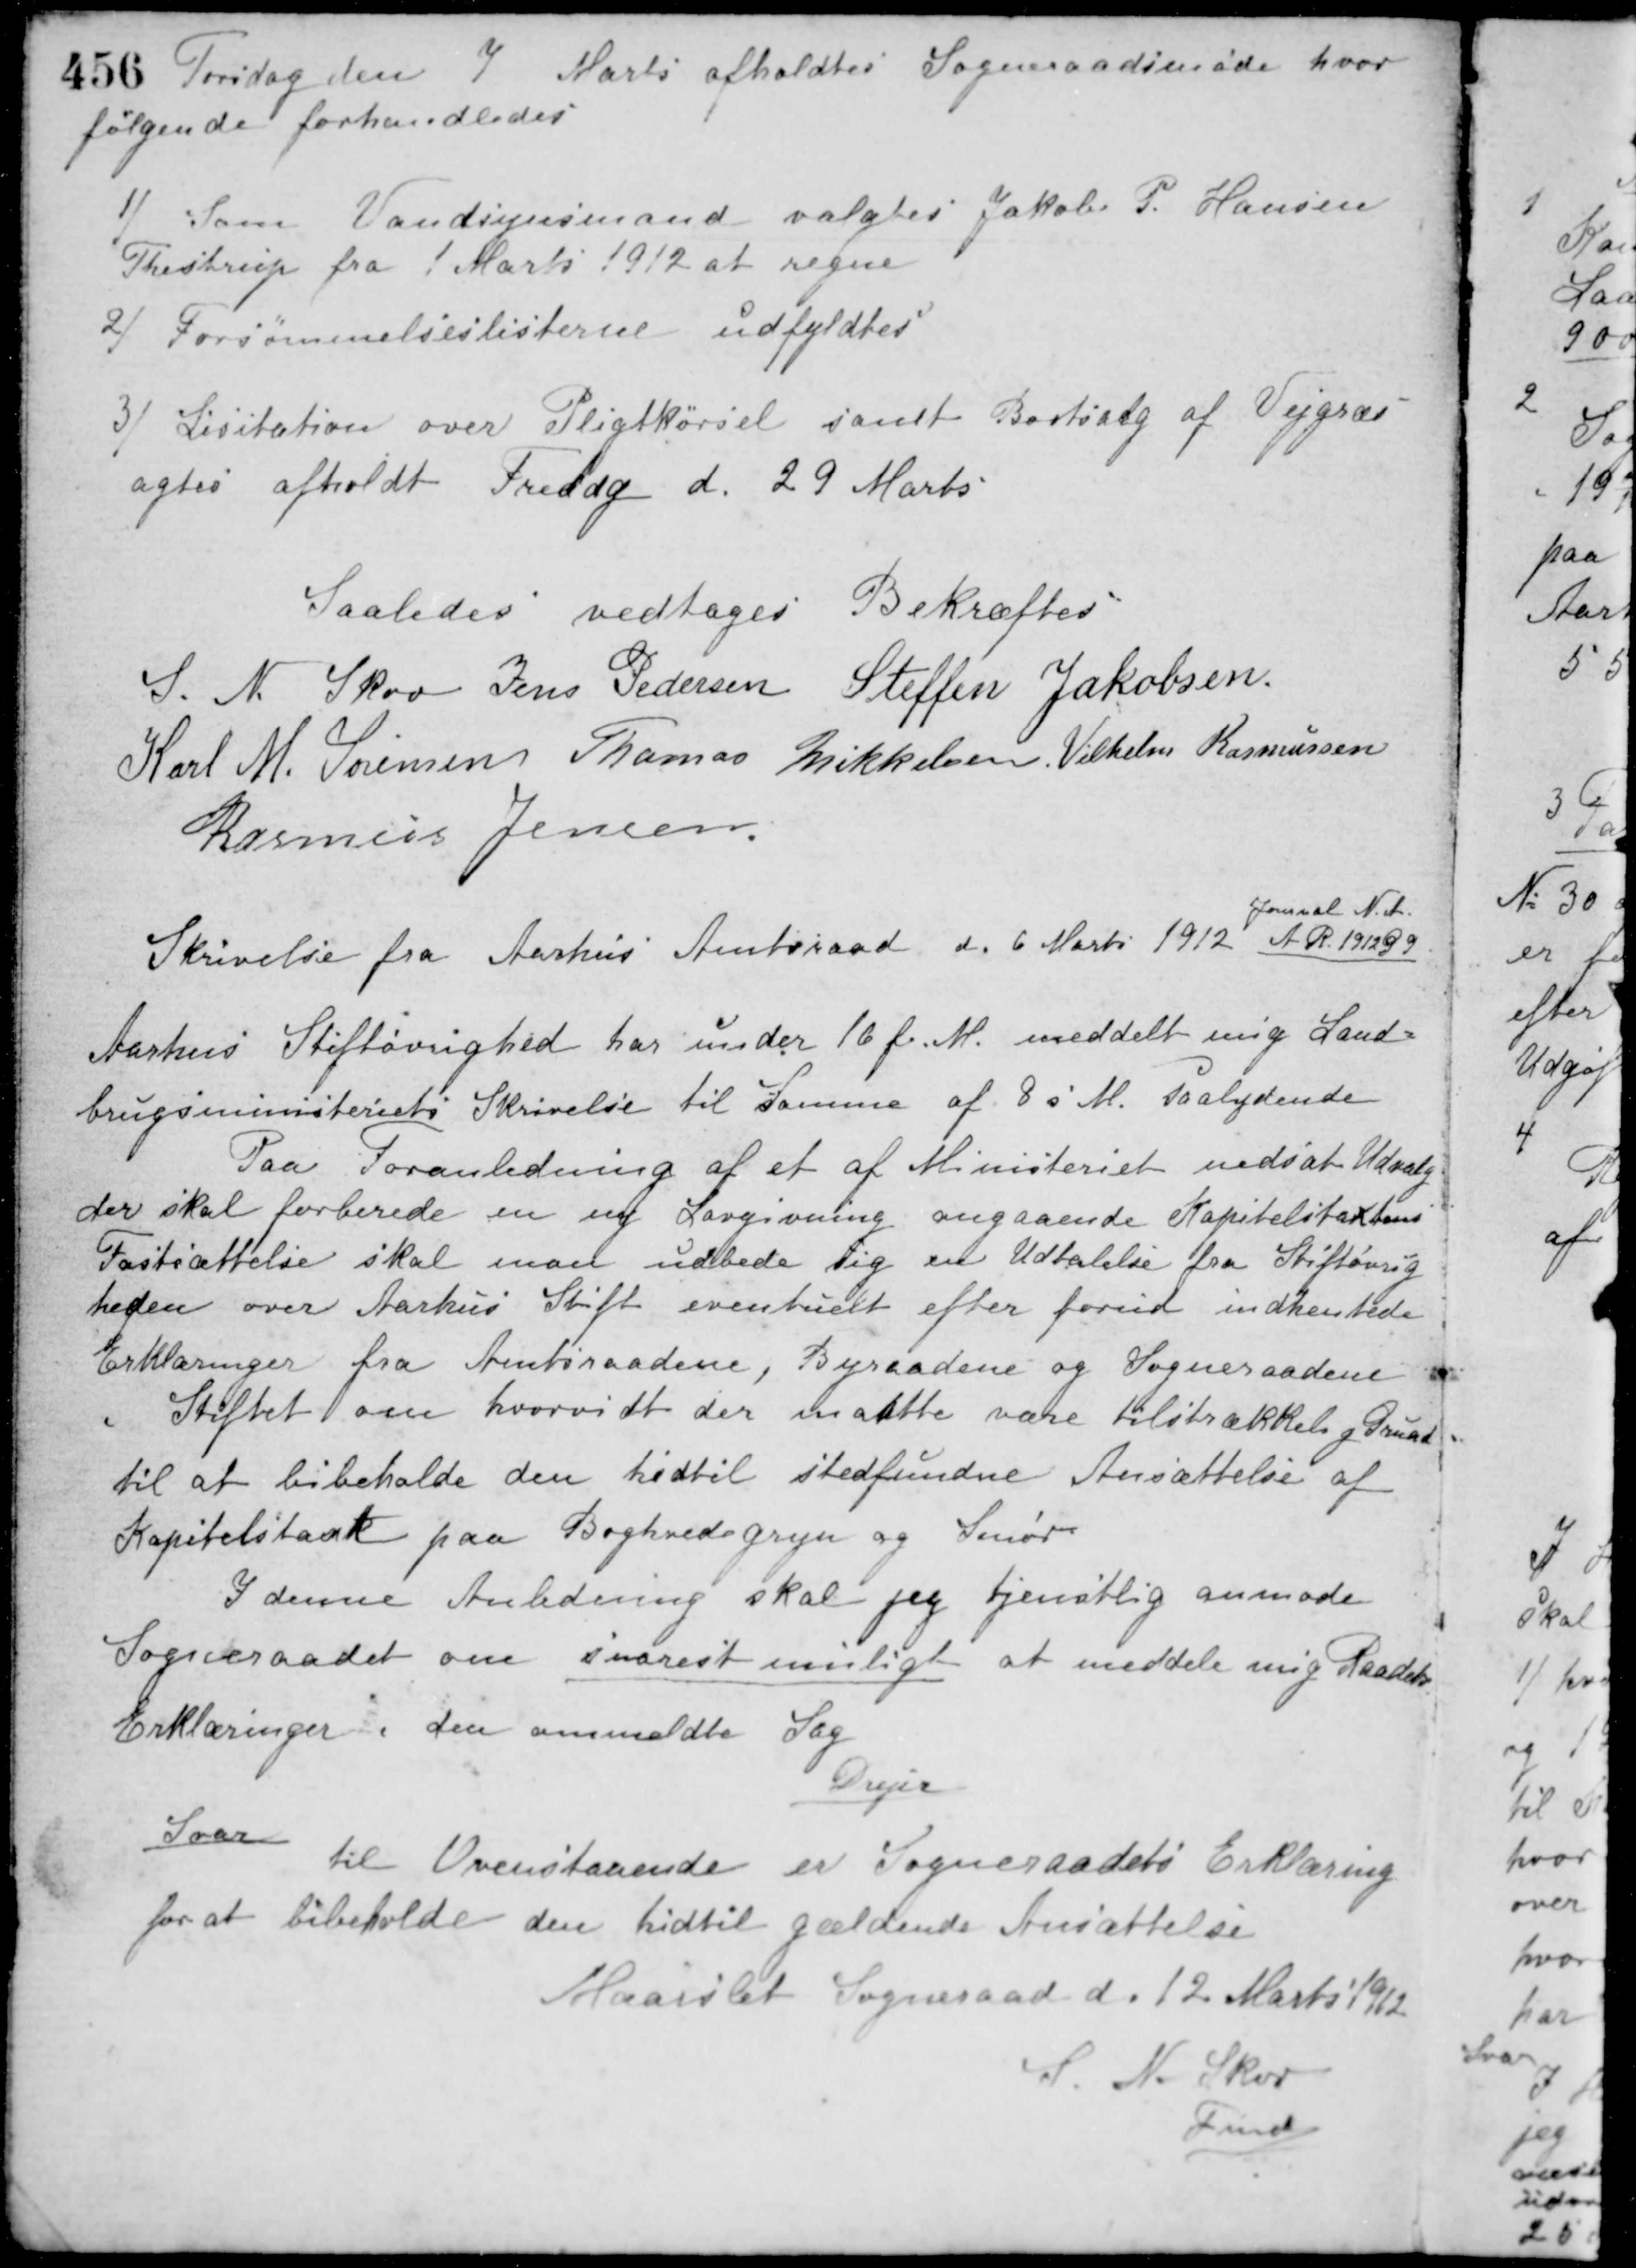
Transskription:
Torsdag den 7 Marts afholdtes Sogneraadsmøde hvor
følgende forhandledes
1/ Som Vandsynsmand valgtes Jakob P. Hansen
Thestrup fra 1 Marts 1912 at regne.
2/ Forsømmelseslisterne udfyldtes.
3/ Lisitation over Pligtkørsel samt Bortsalg af Vejgræs
agtes afholdt Fredag d. 29 Marts.
Saaledes vedtaget Bekræftes
S. N. Skov Jens Pedersen Steffen Jakobsen
Karl M. Sørensen Thomas Mikkelsen Vilhelm Rasmussen
Rasmus Jensen
Skrivelse fra Aarhus Amtsraad d. 6 Marts 1912
Journal N. A.
A R 191299
Aarhus Stiftøvrighed har under 16 f. M. meddelt mig Land-
brugsministeriets Skrivelse til Samme af 8 s. M. saalydende
Paa Foranledning af et af Ministeriet nedsat Udvalg
der skal forberede en ny Lovgivning angaaende Kapitelstaxtens
Fastsættelse skal man udbede sig en Udtalelse fra Stiftøvrig-
heden over Aarhus Stift eventuelt efter forud indhentede
Erklæringer fra Amtsraadene, Byraadene og Sogneraadene
i Stiftet om hvorvidt der maatte være tilstrækkelig Grund
til at bibeholde den hidtil stedfundne Ansættelse af
Kapitelstaxt paa Boghvedegryn og Smør.
I denne Anledning skal jeg tjenstlig anmode
Sogneraadet om snarest muligt at meddele mig Raadets
Erklæringer i den anmeldte Sag.
Drejer
Svar
til Ovenstaaende er Sogneraadets Erklæring
for at bibeholde den hidtil gældende Ansættelse
Maarslet Sogneraad d. 12 Marts 1912
S. N. Skov
Fmd.